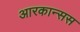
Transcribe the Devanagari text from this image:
आरकान्सस